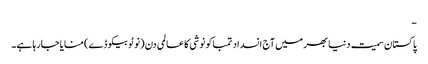
-
پاکستان سمیت دنیا بھر میں آج انسداد تمباکو نوشی کا عالمی دن (نو ٹوبیکو ڈے) منایا جارہا ہے۔